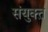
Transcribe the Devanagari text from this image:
संयुक्त़